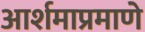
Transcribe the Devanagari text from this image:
आर्शमाप्रमाणे